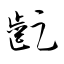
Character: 齪